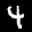
Label: 4